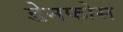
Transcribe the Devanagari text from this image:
डेनफोस